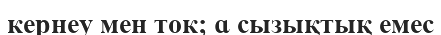
кернеу мен ток; ɑ сызықтық емес